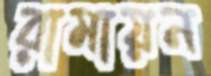
রামায়ন